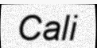
Cali